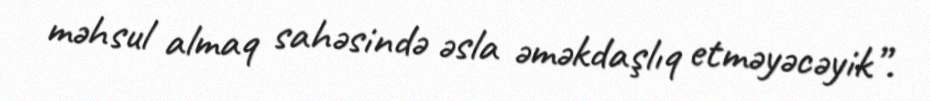
məhsul almaq sahəsində əsla əməkdaşlıq etməyəcəyik”.